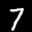
Label: 7